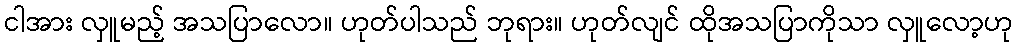
ငါအား လှူမည့် အသပြာလော။ ဟုတ်ပါသည် ဘုရား။ ဟုတ်လျင် ထိုအသပြာကိုသာ လှူလော့ဟု